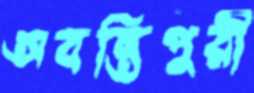
অবন্তিপুরী